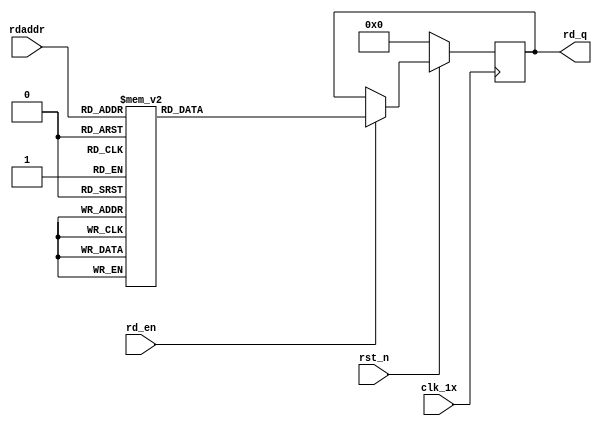
`timescale 1ns / 1ps
module F_short_t12_next_Rom5(
input	          							clk_1x,
input	          							rst_n,
//////////////////////////////////////////////////////////////
input										rd_en,
input				[4:0]				rdaddr,
output		reg			[167:0]				rd_q
);

always @(posedge clk_1x)begin
	if(~rst_n)begin
		rd_q <= 168'b0;
	end
	else if(rd_en == 1'b1)begin
		case(rdaddr)
			5'h14: rd_q <= 168'b010000110100100101011011100100001101011111010000001110010000011001001101011101011001010001110100111010100101000111011101000101010111111101001011101010000001000111110001;
			5'h13: rd_q <= 168'b011111111001110101100110110010011101011101010101001001001010011000101001010101111011101110100010101011010110010001011010100001000000001101111001010000011011011000101100;
			5'h12: rd_q <= 168'b010010010110110011001111011111101010000010111001000100110011011001000010001111000101111110010011000000111100100011011101100101101001101011011101101011001110010000100111;
			5'h11: rd_q <= 168'b000010011100111010100110000101001111100001100110100101100010000000100000010101101001010010011111010000111001110000111001101010011000001101011000010100001100001100010000;
			5'h10: rd_q <= 168'b010001100110110110010001111100101001110001110111011000000001101000111001111001011000110011001110010100001000100001110011010000000110011000000010010011101001101100000010;
			5'h0f: rd_q <= 168'b100001000100001001011000110100100111001010010011100110101010100110101010100010101110101001110010000010000011111000101011011011111110011010010100000011010000000001100001;
			5'h0e: rd_q <= 168'b100111001001111010101010000101011111011010011000100100001100001100001001011111000101101101000010110101110000101110010111100111011010111100110110010100111001111011111110;
			5'h0d: rd_q <= 168'b011111001001111101110010011010110110101000001100001111000010100001010011011001111000011011110001000000001111001010010101011000111111111111111110110011001001011000110111;
			5'h0c: rd_q <= 168'b010011111001111100001010111111010110010100100011001001011000001100100111100000100001010100011100111011100101010011101100100110001011100110111100011001010110100010100011;
			5'h0b: rd_q <= 168'b111011110010000110010110110010100100011110010100110001000101101001001110010011110111101101100101100101010110011000110101000110111110101101100111010000100101110101101111;
			5'h0a: rd_q <= 168'b110111010010101000010000001010010001011011010010001100010101111010011101101101010010110110110000001110000000101000001011101000001111110000010101010101111010110101001010;
			5'h09: rd_q <= 168'b010100001001101111100100001101111111001101001010101101010101000100111111110000010111000011011000111110110101011000110101111101101111010000110010101001111001100110110100;
			5'h08: rd_q <= 168'b001011000001010110111001000000101001001001010101100010010110110110100000000011011111111000101111110100011011000011110111001111001100000001101011011110101010110000101001;
			5'h07: rd_q <= 168'b010010000111010000000110100100000111110000101011110111000111100100011100100110010001011001011101000001111101001010000101101000000000111000101100000100010110100110110001;
			5'h06: rd_q <= 168'b001011010100011000010111110100010010001000001101001001111110011000011101000000101011010111000010110111010010101011111111000101111011101010100011110010111010110001010101;
			5'h05: rd_q <= 168'b000101011101001000010100001101111011101110001001001111001110110000100001111100000010100110000110110111011101001101101111110101101111100010100010111101110001010111100000;
			5'h04: rd_q <= 168'b011110111010110110111000011100110011100010110001100011011100101100000010101001110110001110111010111100111010111101100110110000010101110000000110101110011000010110010100;
			5'h03: rd_q <= 168'b101000001111011000110001111101111100011110000000011111110100110100001001101110110010110010001001001011000010111111010000100111000110100011000001011000110010010110110111;
			5'h02: rd_q <= 168'b111010101110001111111011001101010001001001101001010110001000101011010100110100010000110001110010001001010011111001111100010010110101111101111100100000011000000100010010;
			5'h01: rd_q <= 168'b110000101000101010001001111011000011110110010010100000100001110100100011101000100000010010101000011110111000000001110010000110010010001000101100011001010000010010111010;
			5'h00: rd_q <= 168'b011011010101100001110001100111011011000111100100111101111001100110001011001111000010111000111000010110011010110011100101010110000000100010010011100100110001001001011101;
		default:rd_q <= 168'b0;
		endcase
	end
end

endmodule